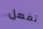
تفعل